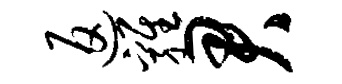
返鸡君